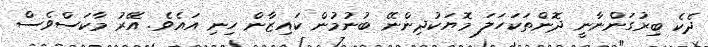
ދެކެ ބިރުގަންނާނީ ދޮންތަކަހަލަ މޮޔަކުދިންނޭ ބުނުމުން ކައިޒާން ހިނި އައެވެ. އޭރު މާކަސްވެސް